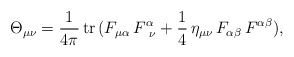
\begin{align*}\Theta_{\mu\nu} = {1\over 4\pi} \,{\rm tr}\,(F_{\mu\alpha}\,F^\alpha_{{\hskip1.5mm}\nu} +{1\over 4}\,\eta_{\mu\nu}\,F_{\alpha\beta}\,F^{\alpha\beta}), \end{align*}